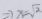
\Rightarrow x = \sqrt { 2 }